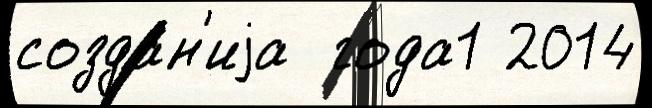
созда́н'иjа  года1 2014